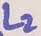
Text: L2